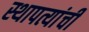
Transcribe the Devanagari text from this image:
स्थापत्यांची